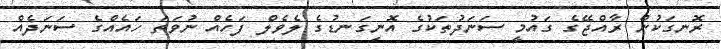
ރޮނގަކުން ރާއްޖޭގެ ގައުމީ ސަނަދުތަކުގެ އޮނިގަނޑުގެ ލެވެލް ފަހެއް ނުވަތަ ހައެއްގެ ސަނަދެއް